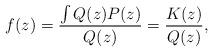
LaTeX: \begin{align*} f(z)=\frac{\int Q(z)P(z)}{Q(z)}=\frac{K(z)}{Q(z)}, \end{align*}